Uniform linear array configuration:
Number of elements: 64
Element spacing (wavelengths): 0.5
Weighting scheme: hann
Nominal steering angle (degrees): -15
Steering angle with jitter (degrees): -16.654
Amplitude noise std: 0.05
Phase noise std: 0.05

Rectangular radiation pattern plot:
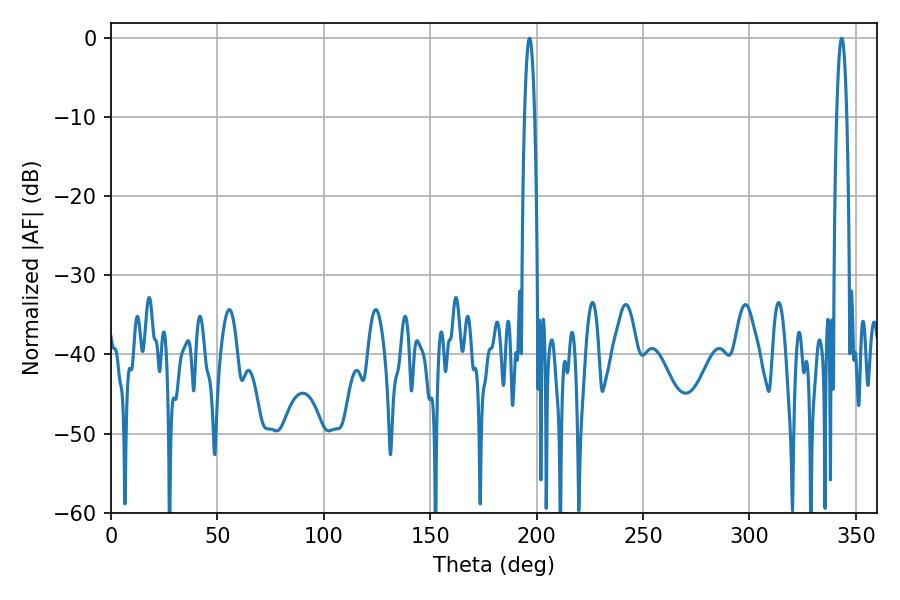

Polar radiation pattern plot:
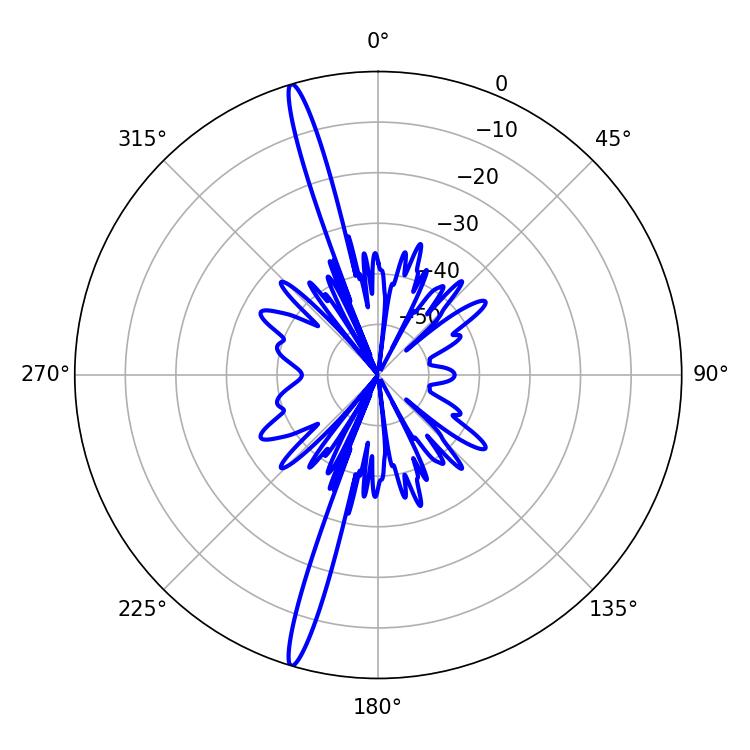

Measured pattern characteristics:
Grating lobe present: FALSE
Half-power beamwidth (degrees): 2.7
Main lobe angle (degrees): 196.74